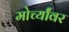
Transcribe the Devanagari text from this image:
मोर्च्यांवर